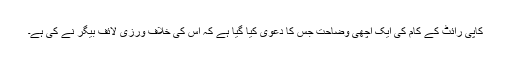
کاپی رائٹ کے کام کی ایک اچھی وضاحت جس کا دعویٰ کیا گیا ہے کہ اس کی خلاف ورزی لائف بیگر نے کی ہے۔